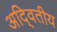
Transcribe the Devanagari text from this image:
अदि्वतीय